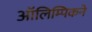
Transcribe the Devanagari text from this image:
ऑलिम्पिकने